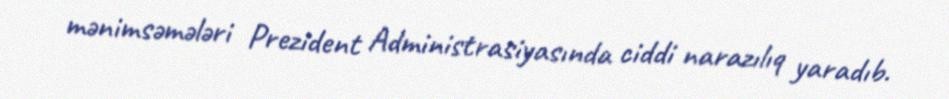
mənimsəmələri Prezident Administrasiyasında ciddi narazılıq yaradıb.